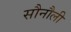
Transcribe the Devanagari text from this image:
सौनौली